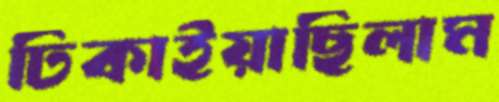
ঢিকাইয়াছিলাম